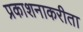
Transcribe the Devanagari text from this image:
प्रकाशनाकरीता